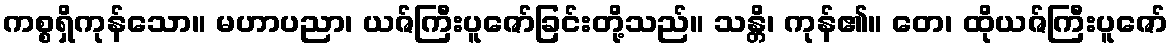
ကစ္စရှိကုန်သော။ မဟာပညာ၊ ယဇ်ကြီးပူဇော်ခြင်းတို့သည်။ သန္တိ၊ ကုန်၏။ တေ၊ ထိုယဇ်ကြီးပူဇော်